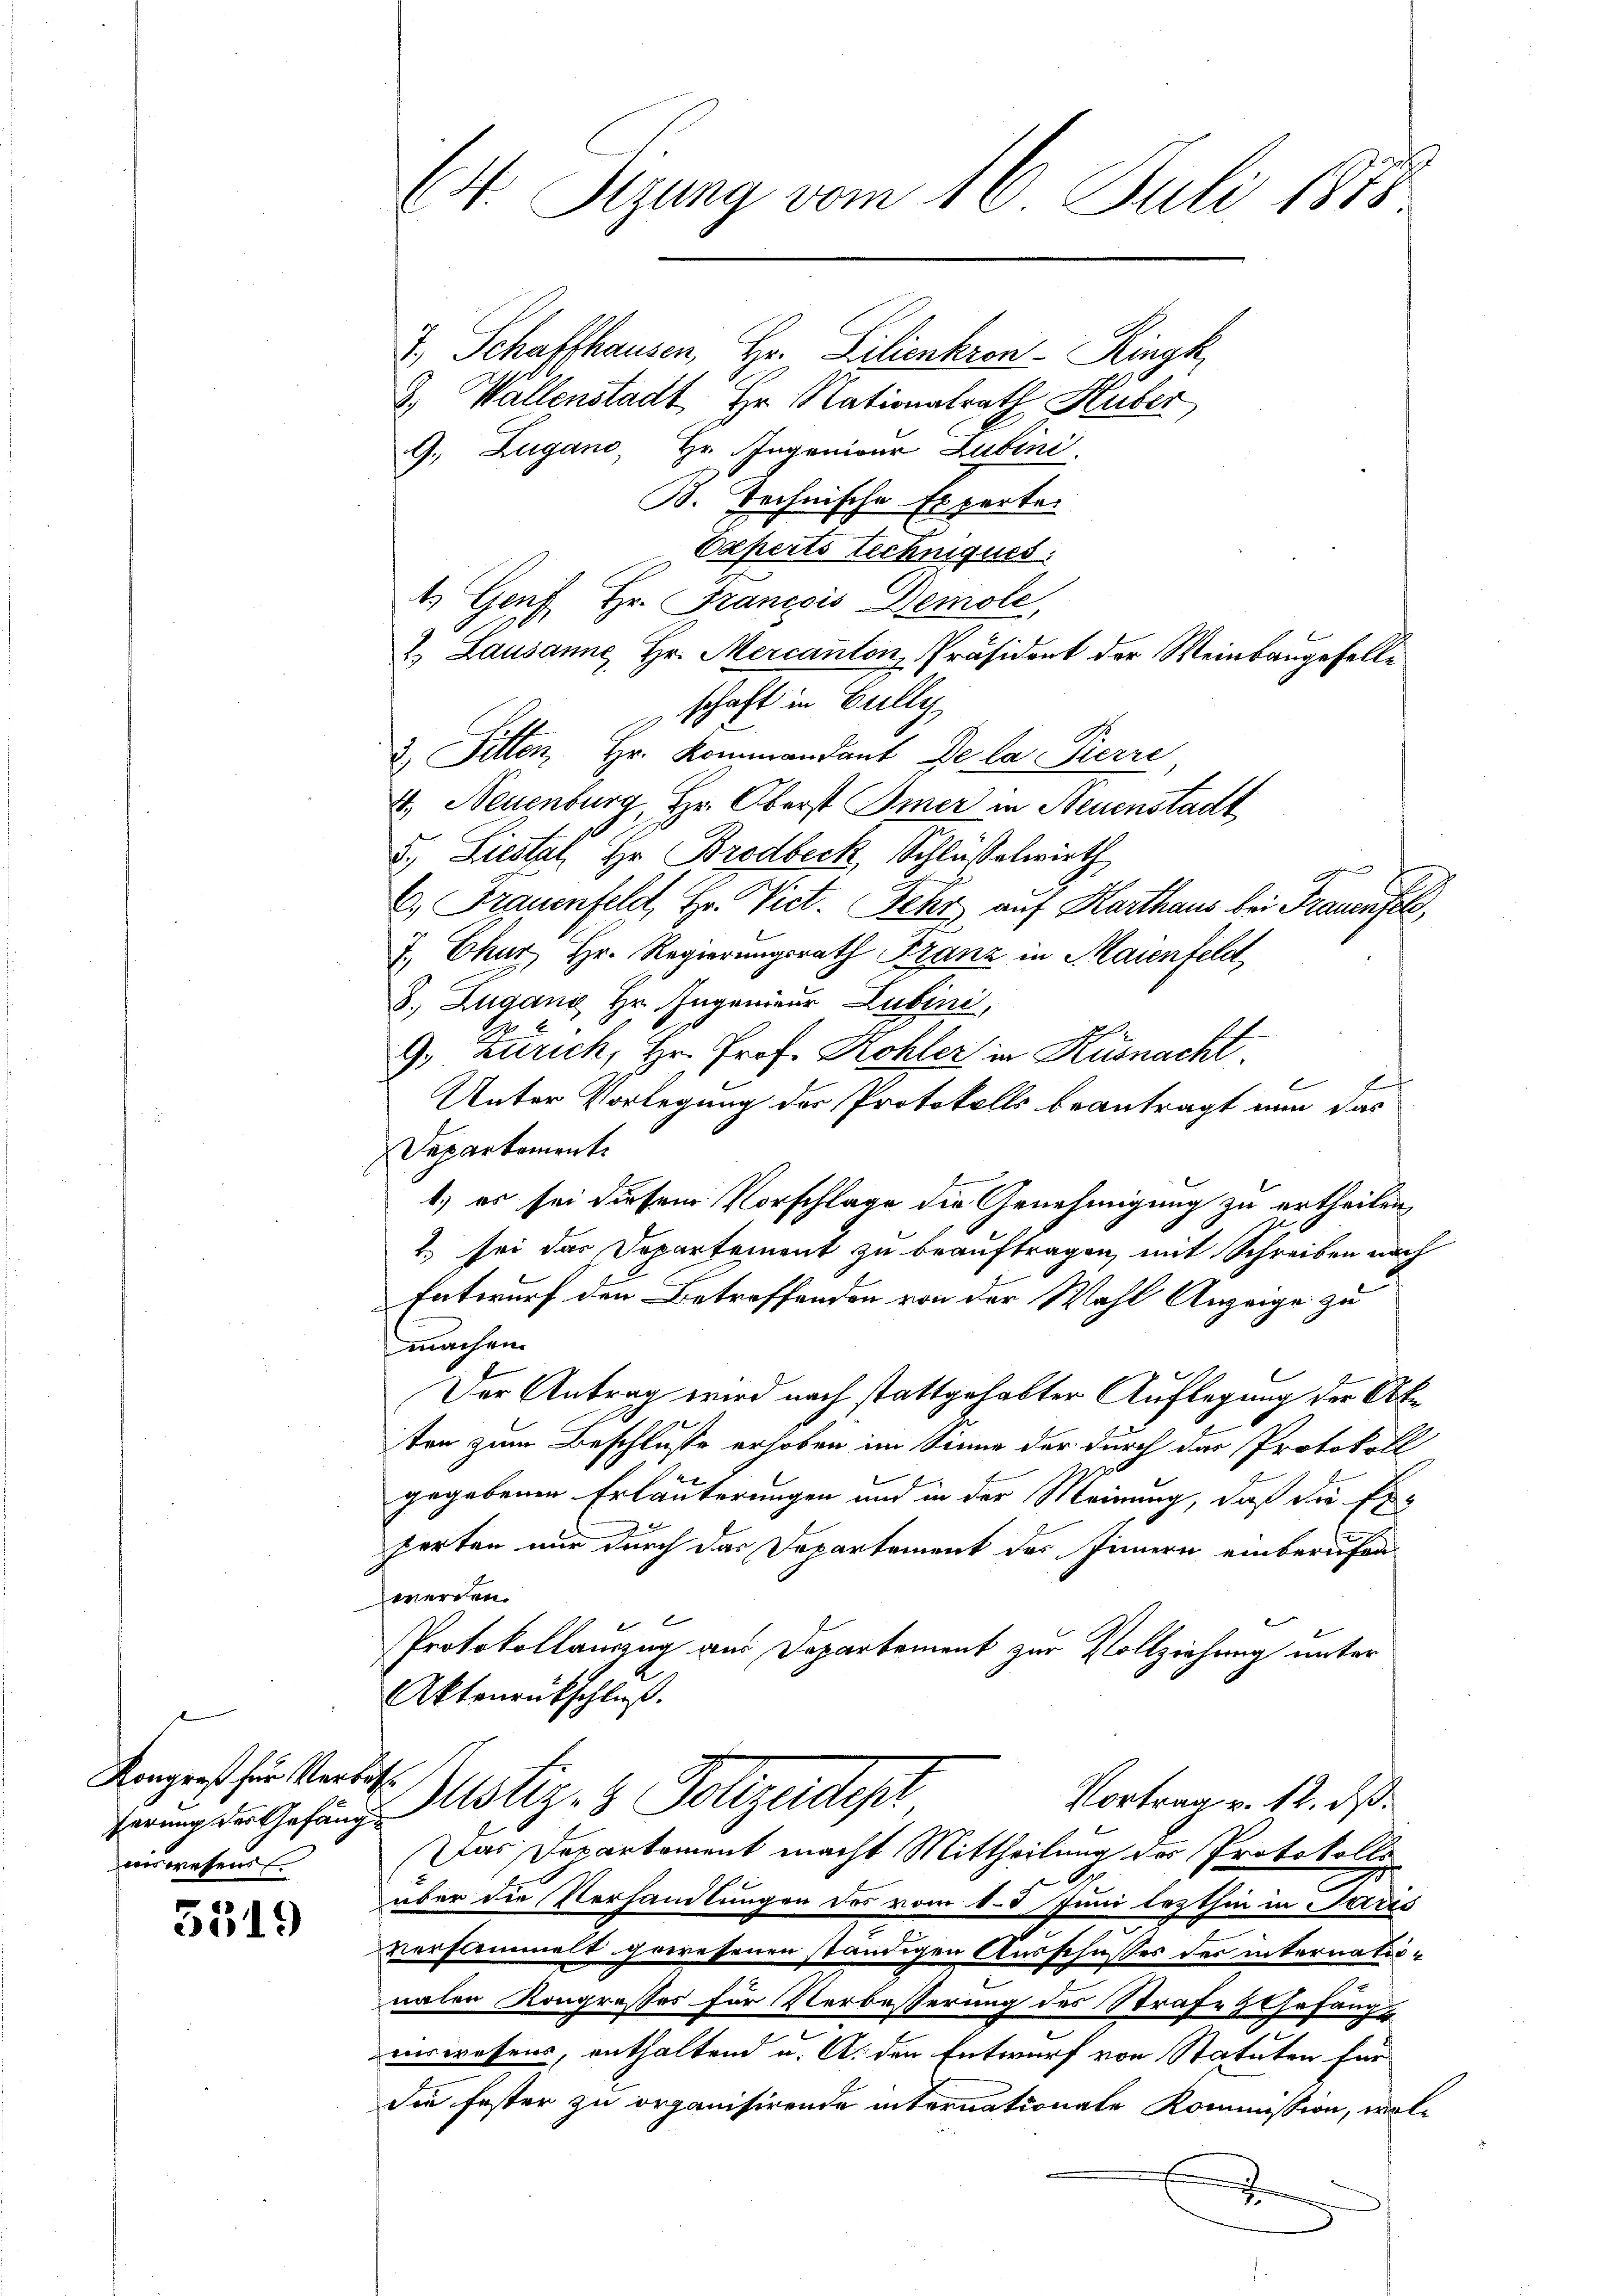
Kongreß für Verbitverwesens

5519

Ed. Sizung vom 16. Juli 1878

2.) Schaffhausen, Hr. Lilienkron Ringk
2.) Wallenstadt Hr. Nationalrath Huber
9., Zugano, Hr. Ingenieur Lubini
B. Technische Experten
Experts Techniques:
1. Genf Hr. Francois Demole,
2. Lausanne, Hr. Mercanton, Präsident der Weinbaugeselle
schaft in Gully
3 Pitten, Hr. Kommandant De la Pierre
4. Neuenburg, Hr. Oberst Omer in Neuenstadt
5.) Liestal, Hr. Brodbeck, Schlüsselwirth
C. Frauenfeld, Hr. Vict. Fehr, auf Karthaus bei Frauenfels,
7. Chur, Hr. Regierungsrath Franz in Maienfeld,
8., Zugano Hr. Ingenieur Lubini,
9. Zürich, Hr. Prof. Kohler in Küsnacht
l
C
Unter Vorlegung der Protokolls beantragt nun das
Departement
1.) es sei diesem Vorschlage die Genehmigung zu ertheilen
2) sei das Departement zu beauftragen, mit Schreiben nach
Entwurf den Betreffenden von der Wahl Anzeige zu
machen.
Der Antrag wird nach stattgehabter Auflegung der Akten zum Beschlusse erhoben im Sinne der durch das Protokoll
gegebenen Erläuterungen und in der Meinung, daß die Ex-
perten nur durch das Departement des Innern einberufen
werden.

Protokollauszug aus Departement zur Vollziehung unter
Aktenrückschluß.
Vortrag v. 12. ds.
hrung der Gesung Motiz- & Polizendepr
Das Departement macht Mittheilung der Protokollus
O
über die Verhandlungen des vom 1. d. Juni lezthin in Paris
versammelt gewessenen ständigen Ausschusses der internationalen Kongresses für Verbesserung des Strafe Ehefängverwesens, enthaltend u. A. den Entwurf von Statuten für
die fester zu organisirende internationale Kommission, wol¬
J